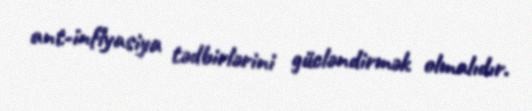
ant-inflyasiya tədbirlərini gücləndirmək olmalıdır.